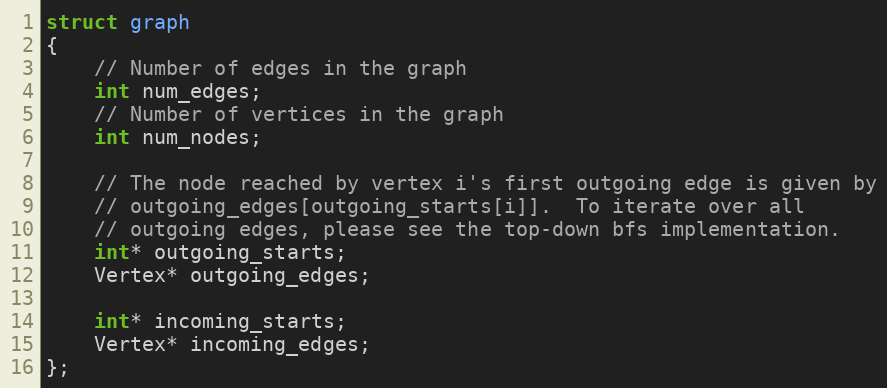
Language: C
struct graph
{
    // Number of edges in the graph
    int num_edges;
    // Number of vertices in the graph
    int num_nodes;

    // The node reached by vertex i's first outgoing edge is given by
    // outgoing_edges[outgoing_starts[i]].  To iterate over all
    // outgoing edges, please see the top-down bfs implementation.
    int* outgoing_starts;
    Vertex* outgoing_edges;

    int* incoming_starts;
    Vertex* incoming_edges;
};